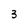
Character: 3